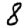
Digit: 8